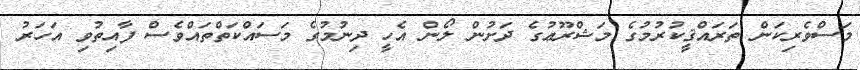
މަސްވެރިކަން ތަރައްޤީކުރުމުގެ މަޝްރޫޢުގެ ދަށުން ލޯން އެހީ ދިނުމުގެ މަސައްކަތްތައްވެސް ފާއިތުވި އަހަރު